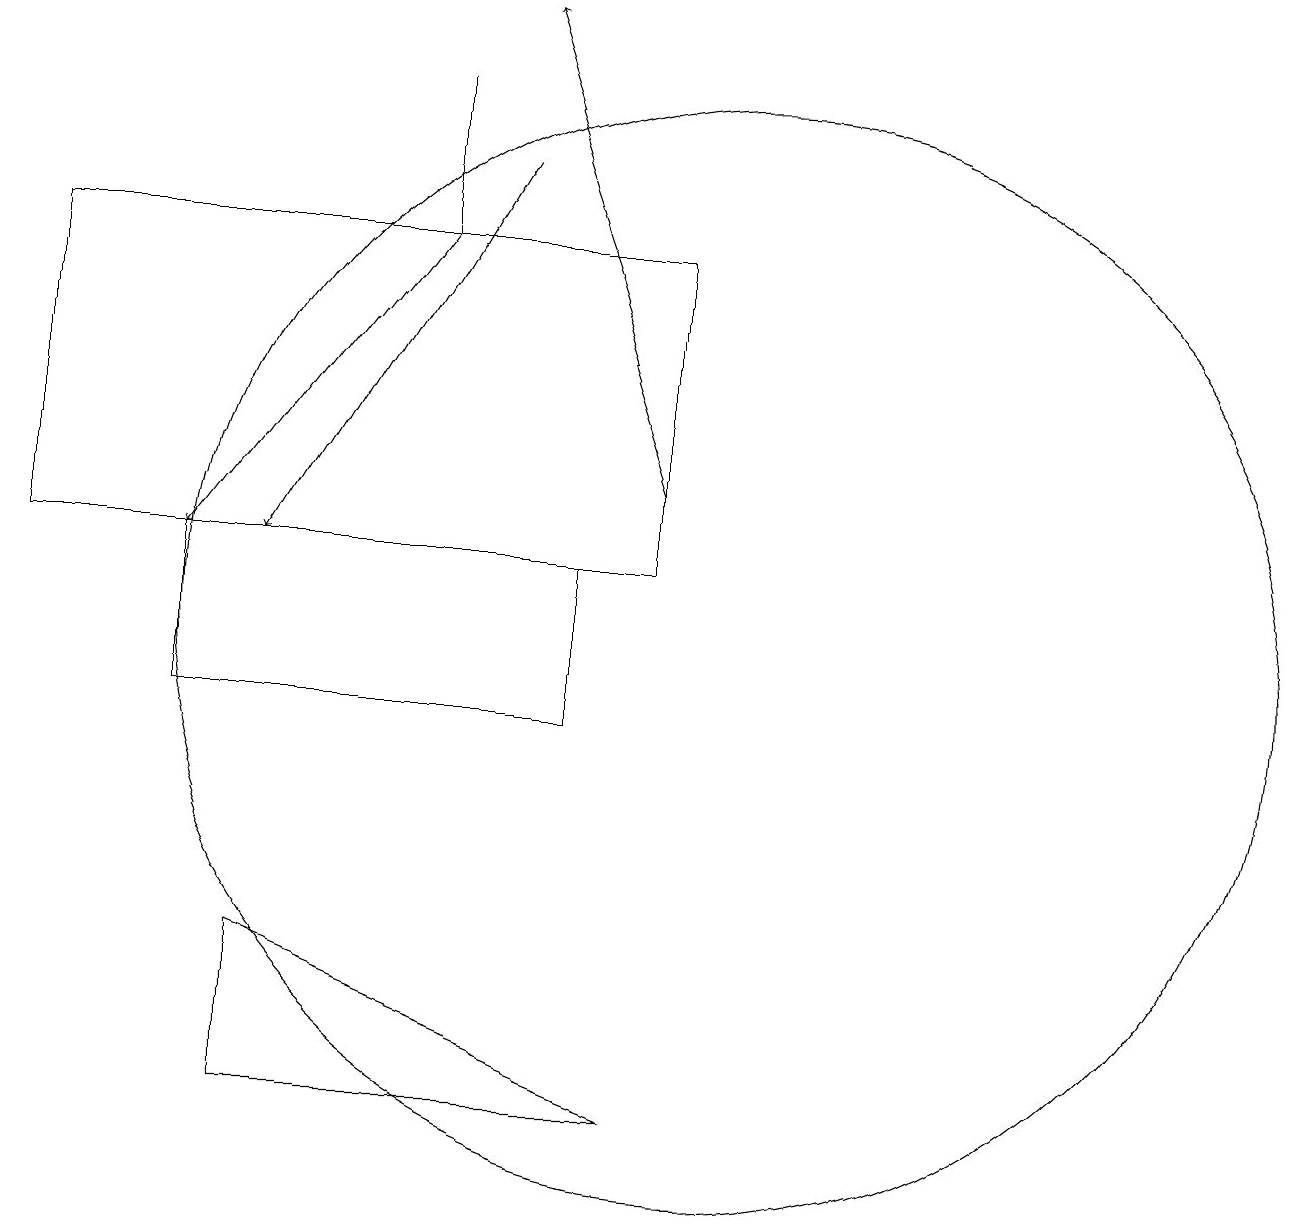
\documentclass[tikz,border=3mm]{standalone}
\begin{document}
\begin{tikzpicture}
\draw (10,11) circle (7);
\draw (9,5) -- (4,7) -- (4,5) -- cycle;
\draw[->] (6,16) -- (3,12);
\draw[->] (9,13) -- (7,19);
\draw (1,12) rectangle (9,16);
\draw[->] (7,17) -- (4,12);
\draw (3,12) rectangle (8,10);
\draw (6,18) rectangle (6,16);
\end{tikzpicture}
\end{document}